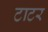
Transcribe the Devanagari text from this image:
टाटर